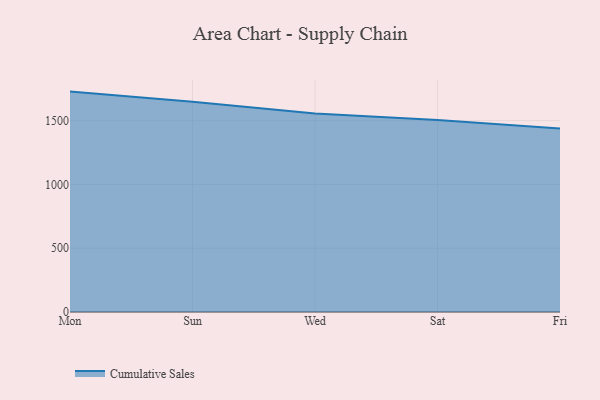
{"axis": {"x": "Day", "y": "LTV (USD)"}, "legend": ["Cumulative Sales"], "data": [{"x": "Mon", "y": 1727.5, "type": "Cumulative Sales"}, {"x": "Sun", "y": 1647.1, "type": "Cumulative Sales"}, {"x": "Wed", "y": 1555.0, "type": "Cumulative Sales"}, {"x": "Sat", "y": 1505.6, "type": "Cumulative Sales"}, {"x": "Fri", "y": 1438.6, "type": "Cumulative Sales"}]}